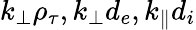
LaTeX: k_{\perp}\rho_{\tau},k_{\perp}d_{e},k_{\parallel}d_{i}